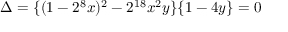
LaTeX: \Delta = \{ ( 1 - 2 ^ { 8 } x ) ^ { 2 } - 2 ^ { 1 8 } x ^ { 2 } y \} \{ 1 - 4 y \} = 0